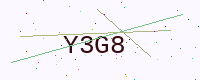
Text: Y3G8